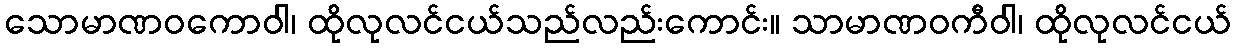
သောမာဏဝကောဝါ၊ ထိုလုလင်ငယ်သည်လည်းကောင်း။ သာမာဏဝကီဝါ၊ ထိုလုလင်ငယ်